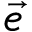
\vec { e }